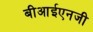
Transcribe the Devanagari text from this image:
बीआईएनजी